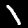
Label: 1